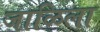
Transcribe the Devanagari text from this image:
जाळिला